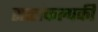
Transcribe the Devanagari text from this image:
सत्संकल्पकी